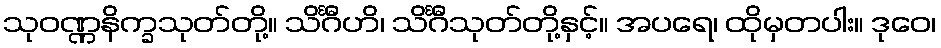
သုဝဏ္ဏနိက္ခသုတ်တို့။ သိင်္ဂီဟိ၊ သိင်္ဂီသုတ်တို့နှင့်။ အပရေ၊ ထိုမှတပါး။ ဒုဝေ၊